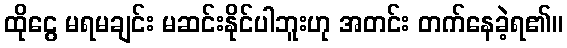
ထိုငွေ မရမချင်း မဆင်းနိုင်ပါဘူးဟု အတင်း တက်နေခဲ့ရ၏။